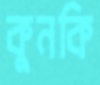
কুনকি